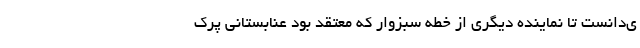
ی‌دانست تا نماینده دیگری از خطه سبزوار که معتقد بود عنابستانی پرک